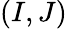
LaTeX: (I,J)